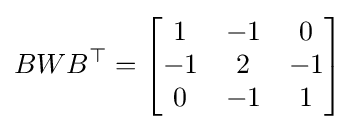
BWB^{\top }={\begin{bmatrix}1&-1&0\\-1&2&-1\\0&-1&1\end{bmatrix}}